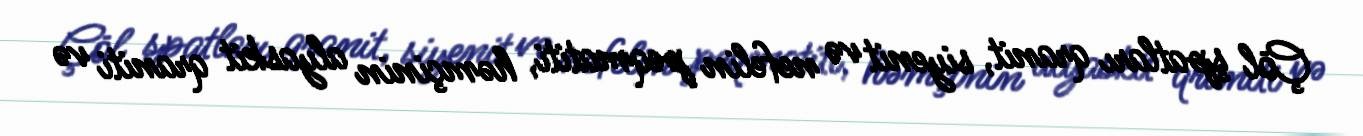
Çöl şpatları qranit, siyenit və nefelin peqmatiti, həmçinin alyaskit qraniti və